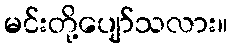
မင်းတို့ပျော်သလား။